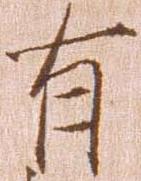
有